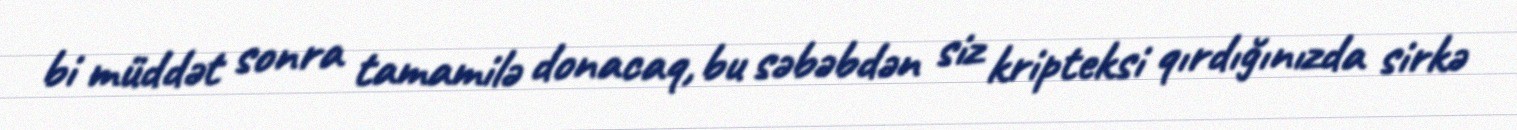
bi müddət sonra tamamilə donacaq, bu səbəbdən siz kripteksi qırdığınızda sirkə